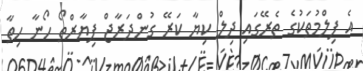
އެ ފިލްމުތަކުގެ ތެރޭގައި ދިލް ކިޔާ ކަރޭ ގުންދަރާޖް ޕިޔާރްތޯ ހޯނާ ހިތާ